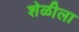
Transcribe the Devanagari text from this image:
शेळीला